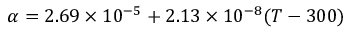
\alpha = 2 . 6 9 \times 1 0 ^ { - 5 } + 2 . 1 3 \times 1 0 ^ { - 8 } ( T - 3 0 0 )